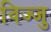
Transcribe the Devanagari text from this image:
विज्जु